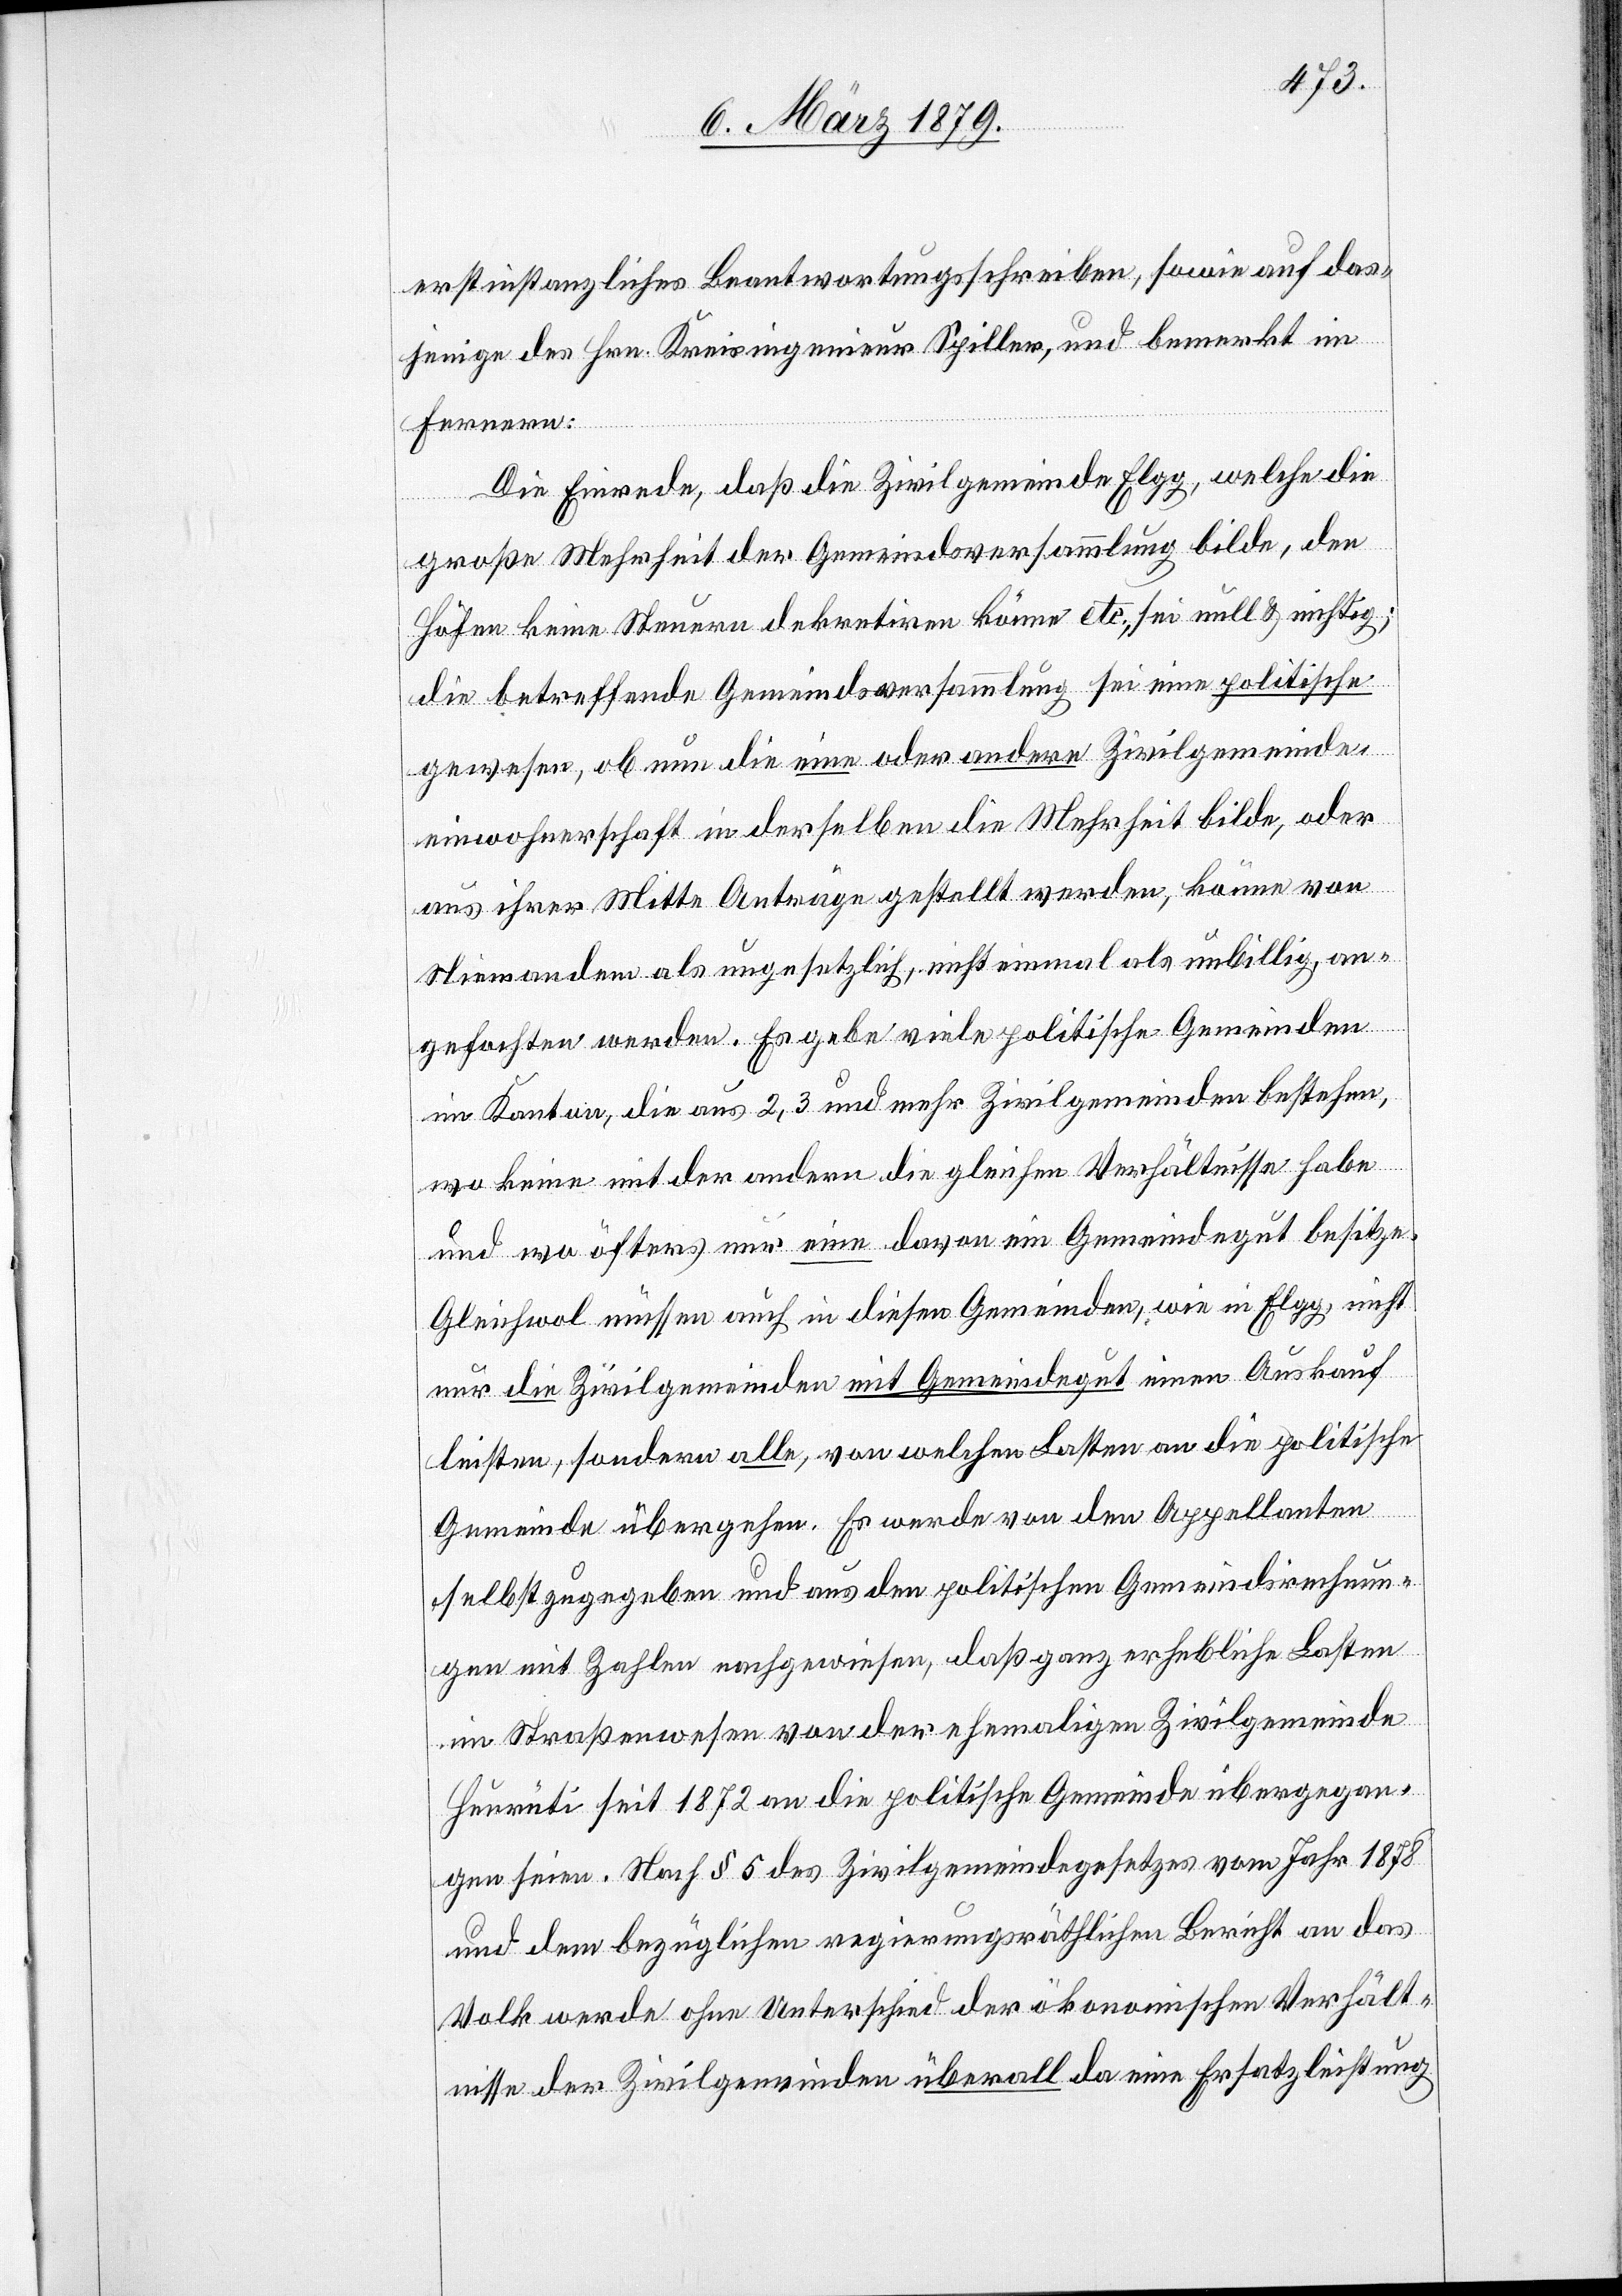
erstinstanzliches Beantwortungsschreiben, sowie auf das¬
jenige des Hrn. Kreisingenieur Spiller, und bemerkt im
Fernern:
Die Einrede, daß die Zivilgemeinde Elgg, welche die
große Mehrheit der Gemeindsversammlung bilde, den
Höfen keine Steuern dekretiren könne etc., sei null & nichtig;
die betreffende Gemeindsversammlung sei eine politische
gewesen, ob nun die eine oder andere Zivilgemeinde¬
einwohnerschaft in derselben die Mehrheit bilde, oder
aus ihrer Mitte Anträge gestellt werden, könne von
Niemandem als ungesetzlich, nicht einmal als unbillig, an¬
gefochten werden. Es gebe viele politische Gemeinden
im Kanton, die aus 2, 3 und mehr Zivilgemeinden bestehen,
wo keine mit der andern die gleichen Verhältnisse habe
und wo öfters nur eine davon ein Gemeindegut besitze.
Gleichwol müssen auch in diesen Gemeinden, wie in Elgg, nicht
nur die Zivilgemeinden mit Gemeindegut einen Auskauf
leisten, sondern alle, von welchen Lasten an die politische
Gemeinde übergehen. Es werde von den Appellanten
selbst zugegeben und aus den politischen Gemeindsrechnun¬
gen mit Zahlen nachgewiesen, daß ganz erhebliche Lasten
im Straßenwesen von der ehemaligen Zivilgemeinde
Heurüti seit 1872 an die politische Gemeinde übergegan¬
gen seien. Nach § 4 des Zivilgemeindegesetzes vom Jahr 1878
und dem bezüglichen regierungsräthlichen Bericht an das
Volk werde ohne Unterschied der ökonomischen Verhält¬
nisse der Zivilgemeinden überall da eine Ersatzleistung